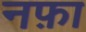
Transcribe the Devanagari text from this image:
नफ़ा